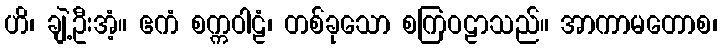
ဟိ၊ ချဲ့ဦးအံ့။ ဧကံ စက္ကဝါဠံ၊ တစ်ခုသော စကြဝဠာသည်။ အာကာမတောစ၊